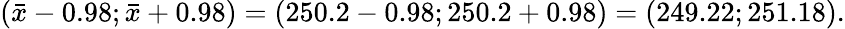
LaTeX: ({\bar{x}}-0.98;{\bar{x}}+0.98)=(250.2-0.98;250.2+0.98)=(249.22;251.18).